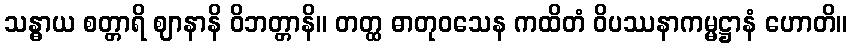
သန္ဓာယ စတ္တာရိ ဈာနာနိ ဝိဘတ္တာနိ။ တတ္ထ ဓာတုဝသေန ကထိတံ ဝိပဿနာကမ္မဋ္ဌာနံ ဟောတိ။